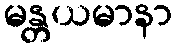
မန္တယမာနာ